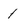
Character: 1